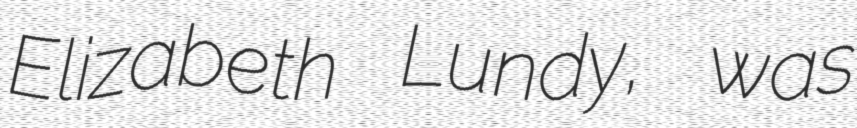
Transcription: Elizabeth Lundy, was